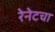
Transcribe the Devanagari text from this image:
रेनेटचा